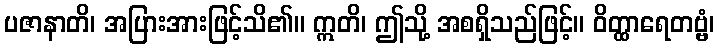
ပဇာနာတိ၊ အပြားအားဖြင့်သိ၏။ ဣတိ၊ ဤသို့ အစရှိသည်ဖြင့်။ ဝိတ္ထာရေတဗ္ဗံ၊